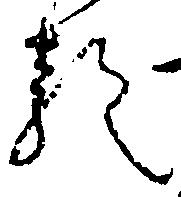
類